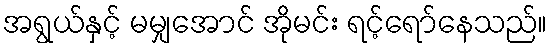
အရွယ်နှင့် မမျှအောင် အိုမင်း ရင့်ရော်နေသည်။